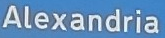
Alexandria